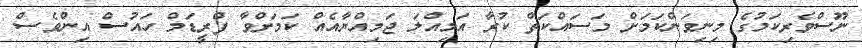
ނޫސްވެރިކަމުގެ މިނިވަންކަމަށް މަސައްކަތް ކުރާ އަމިއްލަ ޖަމިއްޔާއެއް ކަމަށްވާ ފްރީޑަމް ހައުސް އިންވެސް